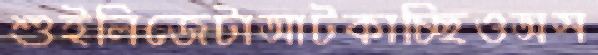
শুইলিজেটাআটকাচ্ছিওঅস